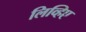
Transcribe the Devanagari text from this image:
लिव्हिए